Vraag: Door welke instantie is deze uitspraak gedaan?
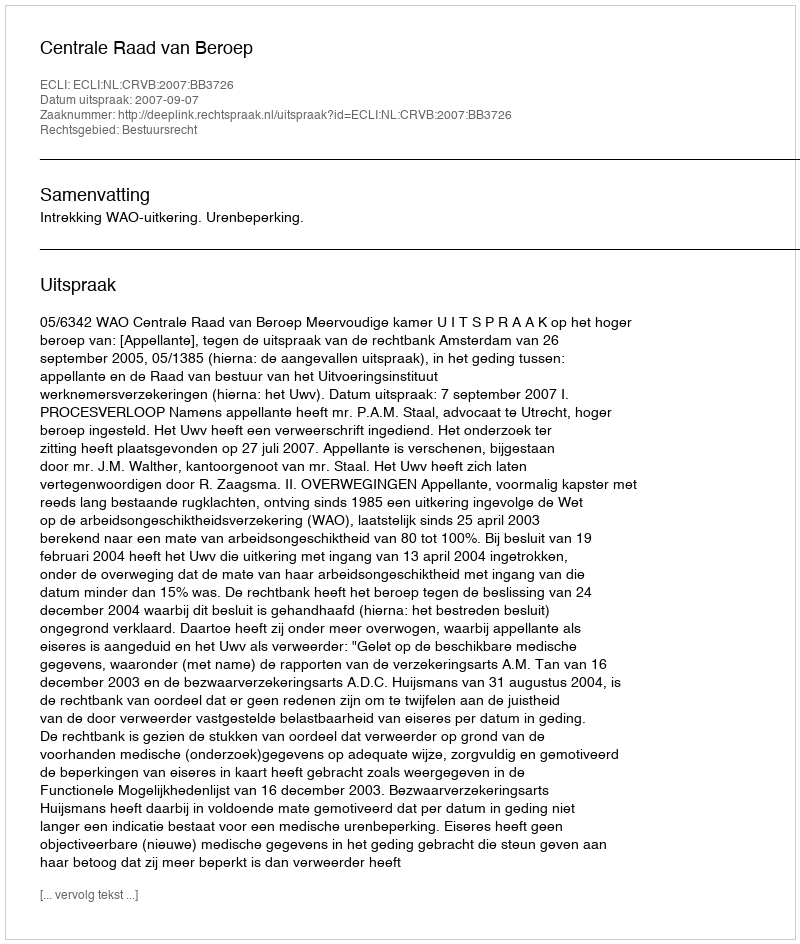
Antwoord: Centrale Raad van Beroep